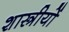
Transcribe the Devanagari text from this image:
शास्त्रीयों